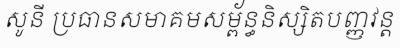
សូនី ប្រធានសមាគមសម្ព័ន្ធនិស្សិតបញ្ញវន្ត